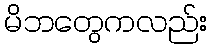
မိဘတွေကလည်း